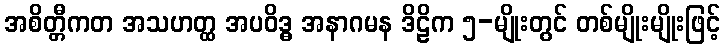
အစိတ္တီကတ အသဟတ္ထ အပဝိဒ္ဓ အနာဂမန ဒိဠိက ၅-မျိုးတွင် တစ်မျိုးမျိုးဖြင့်